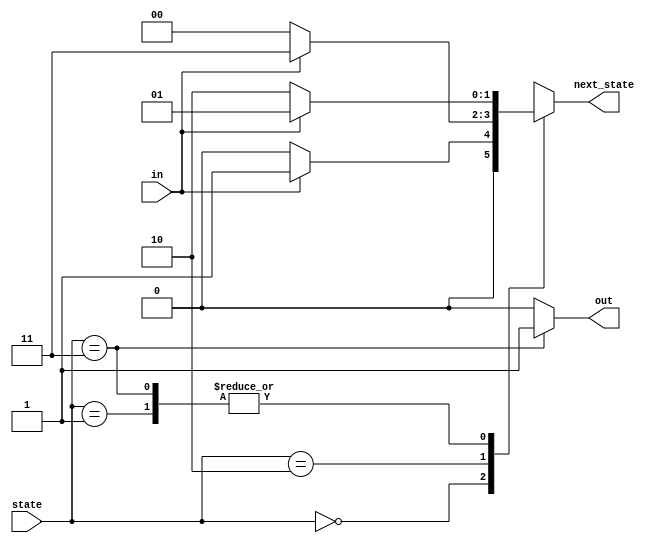
module top_module(
    input in,
    input [1:0] state,
    output [1:0] next_state,
    output out); //

    parameter A=2'b00, B=2'b01, C=2'b10, D=2'b11;

    // State transition logic: next_state = f(state, in)
    always @ (*) begin
        case (state)
            A : next_state = in ? B : A;
            B : next_state = in ? B : C;
            C : next_state = in ? D : A;
            D : next_state = in ? B : C;
        endcase
    end

    // Output logic:  out = f(state) for a Moore state machine
    assign out = (state == D) ? 1'b1 : 1'b0;

endmodule